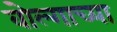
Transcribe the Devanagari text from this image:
वोल्गाच्या